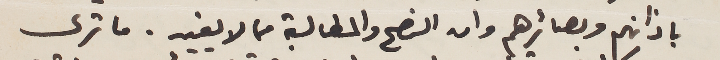
باذانهم وبصائرهم وان النصح والمطالبة مما لا يفيد. ما ترى